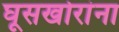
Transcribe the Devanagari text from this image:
घूसखोरांना